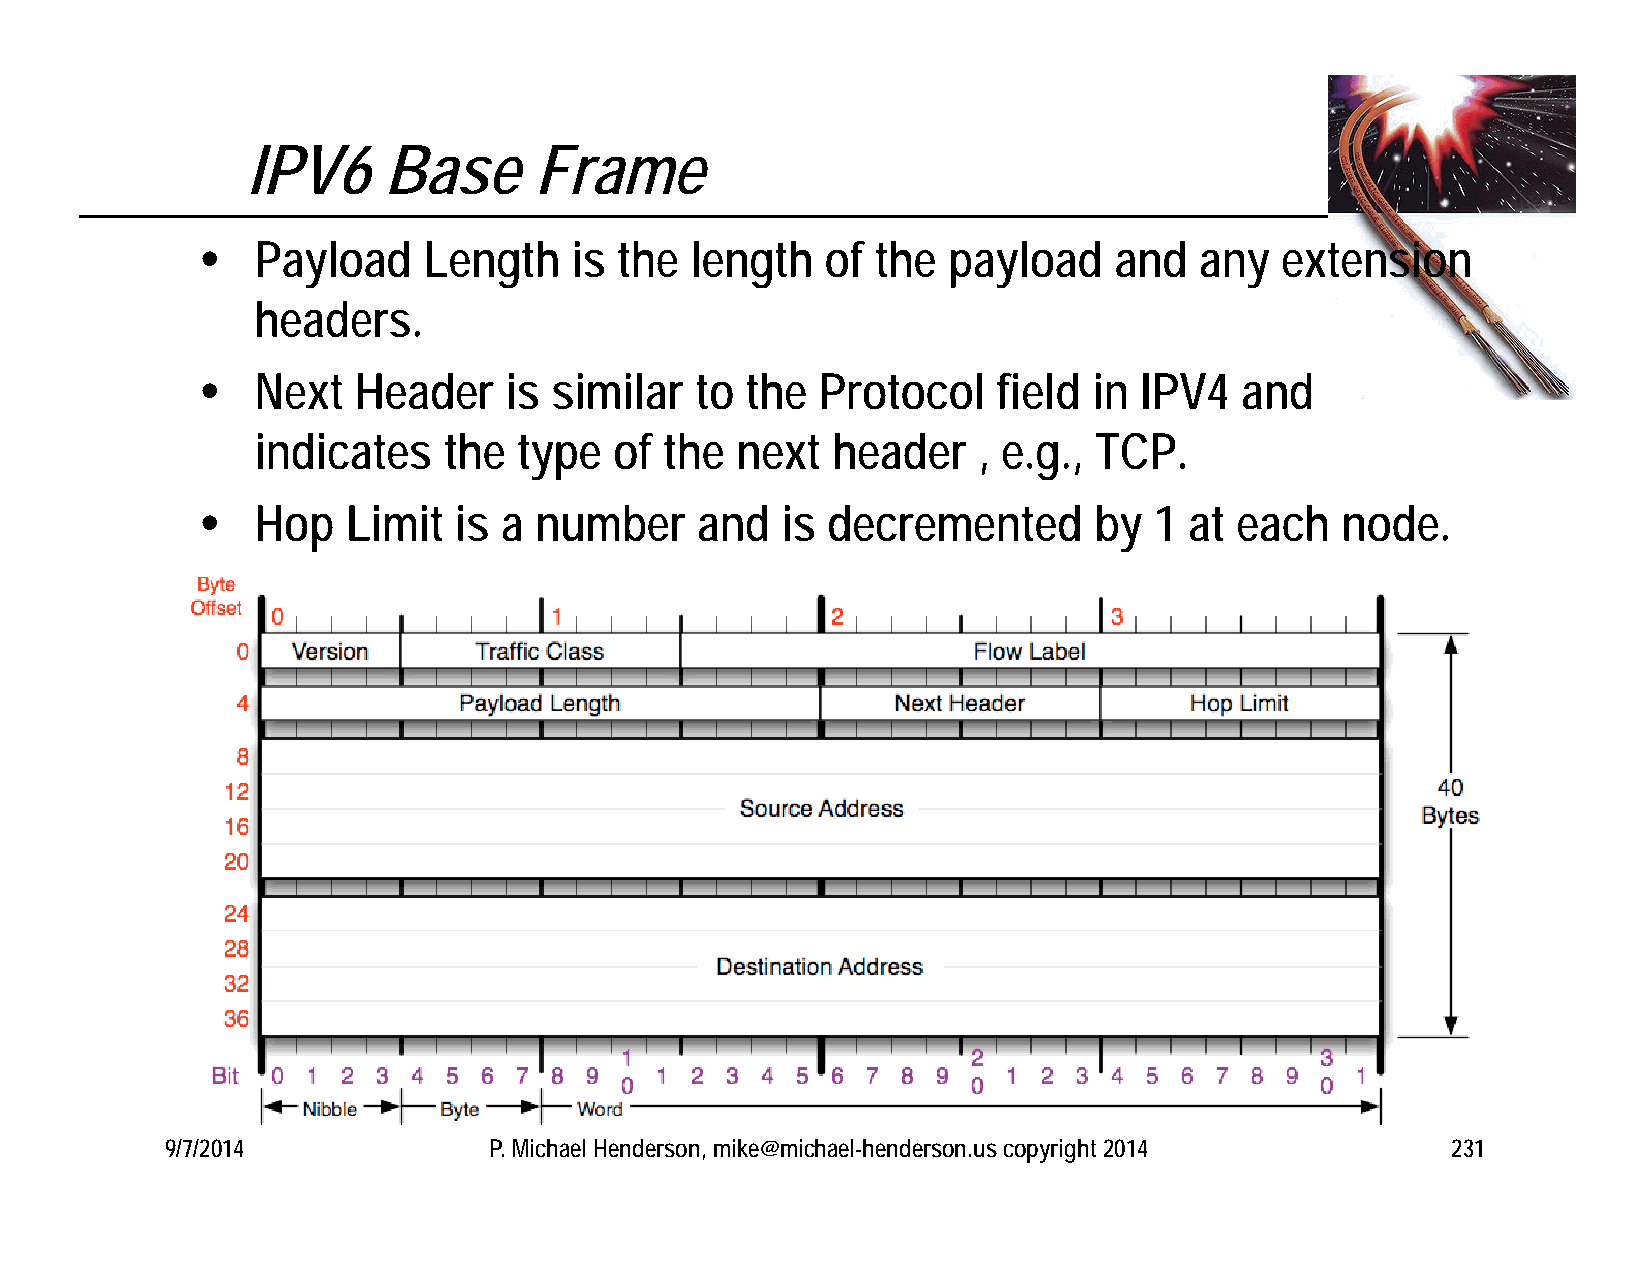
IPV6     Base      Frame
    Payload    Length    is the  length   of the  payload    and  any   extension
 headers.
    Next  Header    is  similar  to the  Protocol    field in IPV4   and
 indicates   the  type   of the  next  header    , e.g., TCP.
    Hop   Limit  is a number     and   is decremented      by  1  at each   node.
 9/7/2014             P. Michael Henderson, mike@michael-henderson.us copyright 2014  231